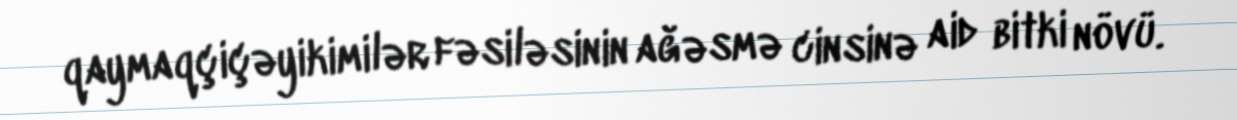
qaymaqçiçəyikimilər fəsiləsinin ağəsmə cinsinə aid bitki növü.